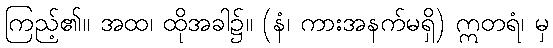
ကြည့်၏။ အထ၊ ထိုအခါ၌။ (နံ၊ ကားအနက်မရှိ) ဣတရံ၊ မှ